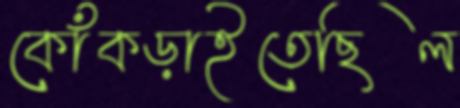
কোঁকড়াইতেছিল